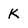
Character: K